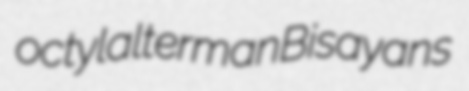
octyl alterman Bisayans